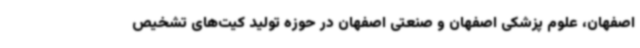
اصفهان، علوم پزشکی اصفهان و صنعتی اصفهان در حوزه تولید کیت‌های تشخیص